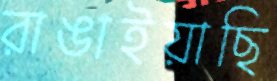
রাঙাইয়াছি